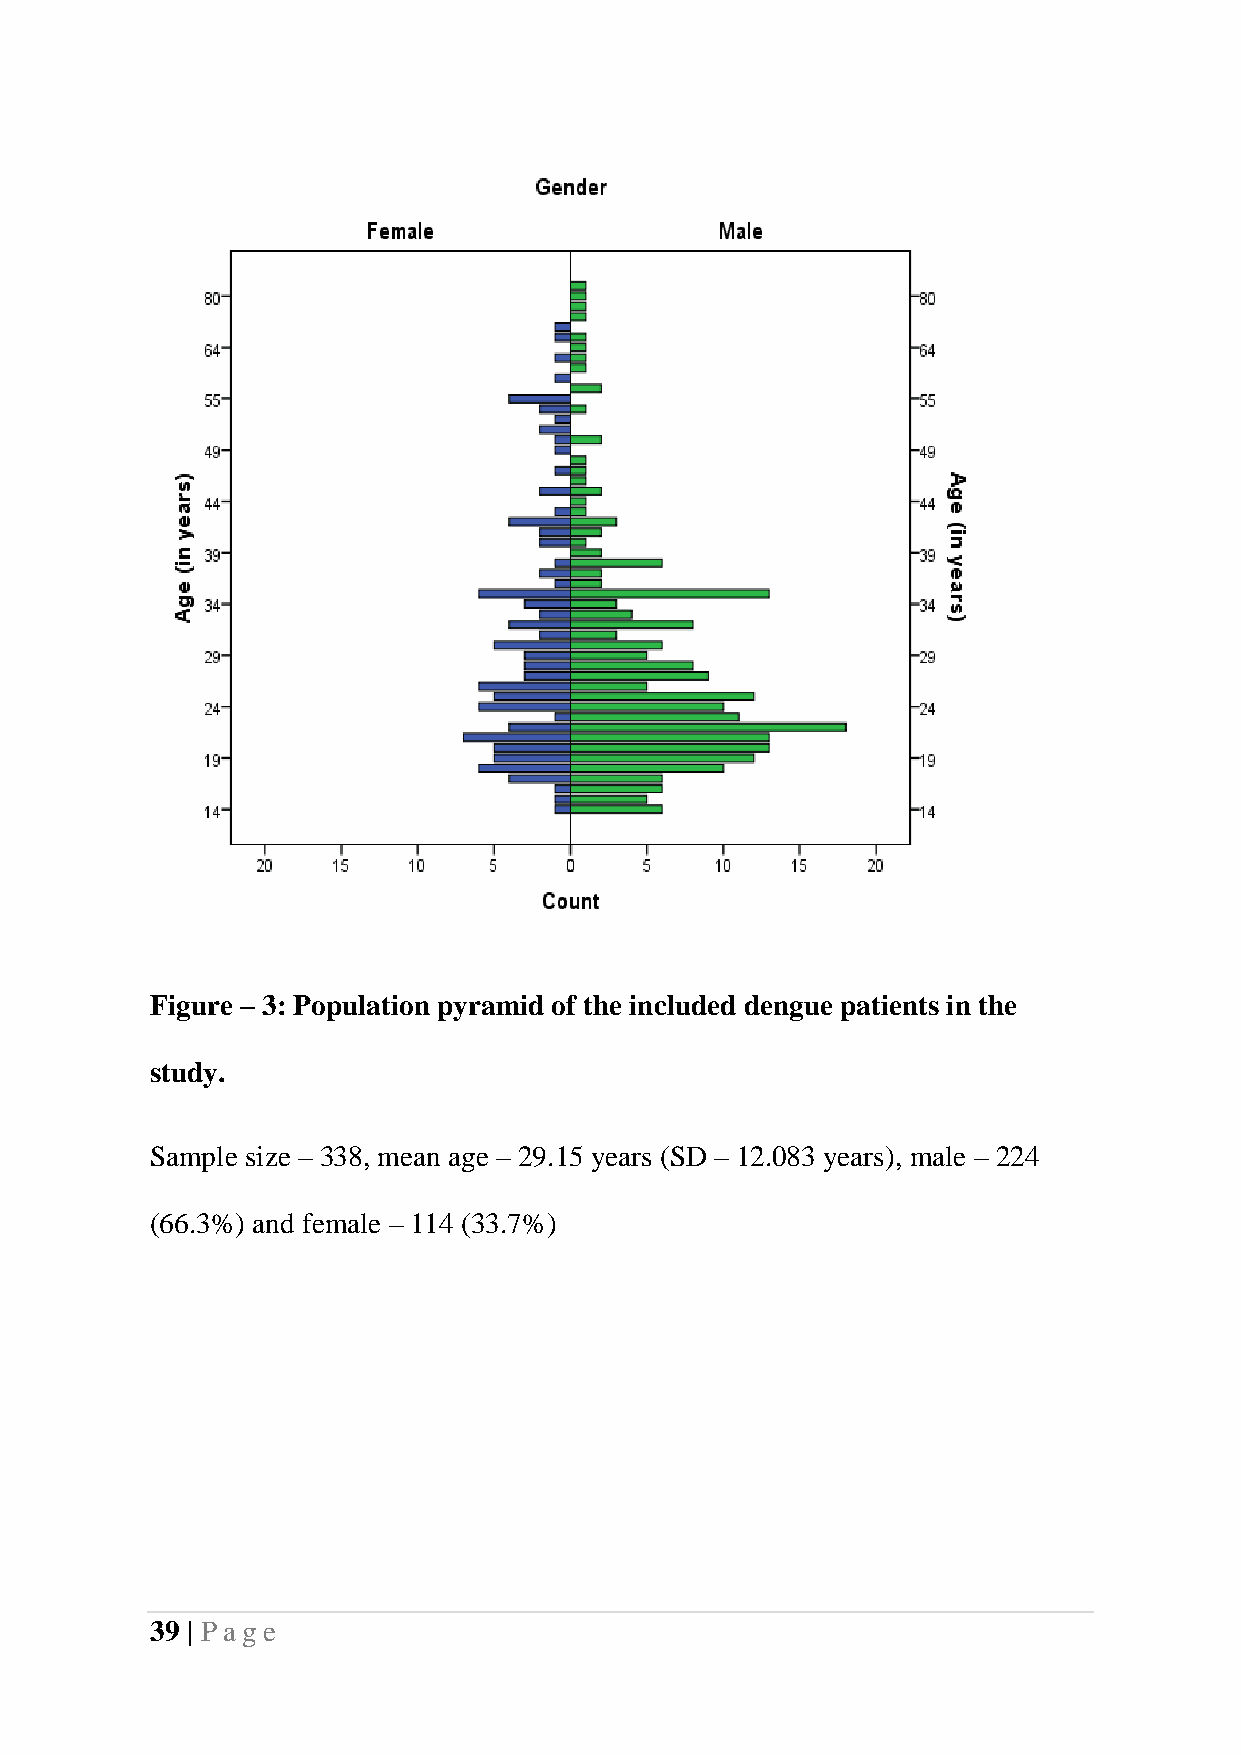
Figure – 3: Population pyramid of the included dengue patients in the
 study.
 Sample size – 338, mean age – 29.15 years (SD – 12.083 years), male – 224
 (66.3%) and female – 114 (33.7%)
 39 | Pag e